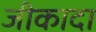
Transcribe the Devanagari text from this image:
जीकादा